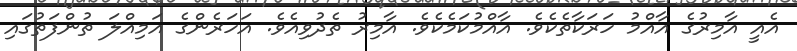
އެއީ އާމިރުގެ އާއްމު ހަރަކާތެކެވެ. އާއްމުކަމެކެވެ. އާމިރު ތެދުވިއެވެ. އަހަރެންގެ އަމިއްލަ ތުންފަތުގައި